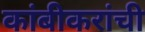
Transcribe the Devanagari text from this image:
कांबीकरांची